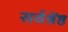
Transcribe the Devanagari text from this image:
सर्वश्रेंष्ठ